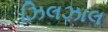
ઝિલઝાલ